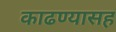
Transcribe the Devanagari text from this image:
काढण्यासह